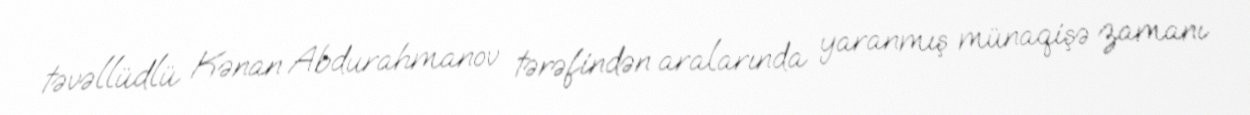
təvəllüdlü Kənan Abdurahmanov tərəfindən aralarında yaranmış münaqişə zamanı